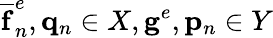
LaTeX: \mathbf{\overline{{f}}}_{n}^{e},\mathbf{q}_{n}\in X,\mathbf{g}^{e},\mathbf{p}_{n}\in Y